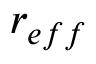
r _ { e f f }